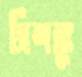
ত্রিশঙ্কু